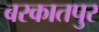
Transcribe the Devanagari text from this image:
बरकातपुर